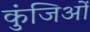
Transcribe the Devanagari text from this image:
कुंजिओं